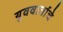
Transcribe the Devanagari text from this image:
युववार्ताचे